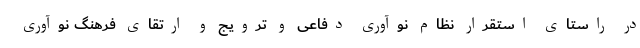
در راستای استقرار نظام نوآوری دفاعی و ترویج و ارتقای فرهنگ نوآوری